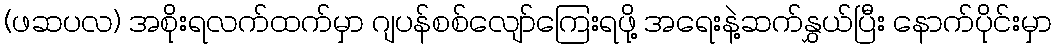
(ဖဆပလ) အစိုးရလက်ထက်မှာ ဂျပန်စစ်လျော်ကြေးရဖို့ အရေးနဲ့ဆက်နွှယ်ပြီး နောက်ပိုင်းမှာ